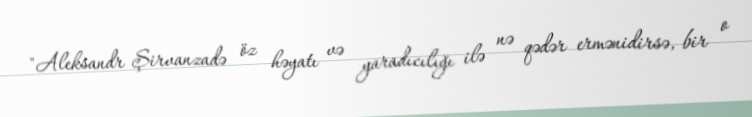
"Aleksandr Şirvanzadə öz həyatı və yaradıcılığı ilə nə qədər ermənidirsə, bir o